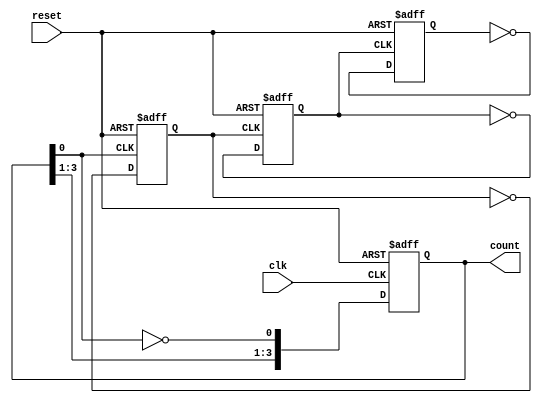
module async_counter (
    input wire clk,          // Clock input
    input wire reset,        // Asynchronous reset
    output reg [n-1:0] count // Output count
);
    parameter n = 4; // Number of flip-flops (bits)

    // Flip-flop instances
    always @(posedge clk or posedge reset) begin
        if (reset) begin
            count <= 0; // Reset count to 0
        end else begin
            count[0] <= ~count[0]; // Toggle FF0 on every clock pulse
        end
    end

    // FF1 toggles on the falling edge of FF0
    always @(negedge count[0] or posedge reset) begin
        if (reset) begin
            count[1] <= 0; // Reset FF1
        end else begin
            count[1] <= ~count[1]; // Toggle FF1
        end
    end

    // FF2 toggles on the falling edge of FF1
    always @(negedge count[1] or posedge reset) begin
        if (reset) begin
            count[2] <= 0; // Reset FF2
        end else begin
            count[2] <= ~count[2]; // Toggle FF2
        end
    end

    // FF3 toggles on the falling edge of FF2
    always @(negedge count[2] or posedge reset) begin
        if (reset) begin
            count[3] <= 0; // Reset FF3
        end else begin
            count[3] <= ~count[3]; // Toggle FF3
        end
    end

endmodule